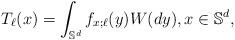
LaTeX: \begin{align*}T_\ell(x)=\int_{\mathbb{S}^d} f_{x;\ell}(y) W(dy), x\in \mathbb{S}^d,\end{align*}